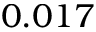
0 . 0 1 7